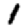
Digit: 1